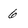
Character: 6